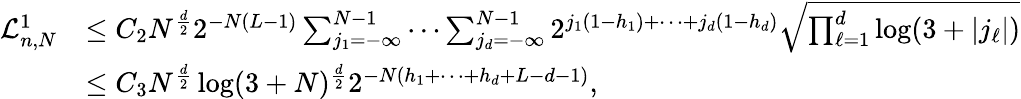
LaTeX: \begin{array}{rl}{\mathcal{L}_{n,N}^{1}}&{\leq C_{2}N^{\frac{d}{2}}2^{-N(L-1)}\sum_{j_{1}=-\infty}^{N-1}\cdots\sum_{j_{d}=-\infty}^{N-1}2^{j_{1}(1-h_{1})+\cdots+j_{d}(1-h_{d})}\sqrt{\prod_{\ell=1}^{d}\log(3+|j_{\ell}|)}}\\ &{\leq C_{3}N^{\frac{d}{2}}\log(3+N)^{\frac{d}{2}}2^{-N(h_{1}+\cdots+h_{d}+L-d-1)},}\end{array}